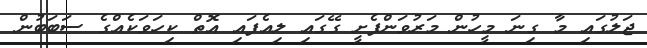
ޖަލުގައި މާ ގިނަ މީހުން މަރުވަންފެށީ ގޭގައި ލިއެފައި އޮތް ކިހަވަކެއްގެ ސަބަބުން